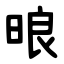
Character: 㫰